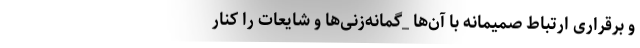
و برقراری ارتباط صمیمانه با آن‌ها _گمانه‌زنی‌ها و شایعات را کنار